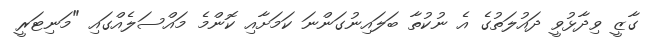
ގާޒީ ވިދާޅުވީ ދައުލަތުގެ އެ ނުކުތާ ބަލައިނުގަންނަ ކަމަށާއި ކޮންމެ މައްސަލެއްގައި "މަނިޓަރީ